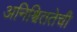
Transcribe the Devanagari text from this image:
अनिश्चिततेची